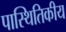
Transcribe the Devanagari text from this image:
पास्थितिकीय